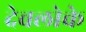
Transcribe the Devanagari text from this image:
देवलोके